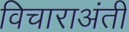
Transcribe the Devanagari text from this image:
विचाराअंती